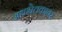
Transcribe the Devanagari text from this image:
अधश्चेतकावर